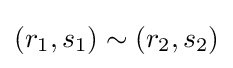
(r_{1},s_{1})\sim (r_{2},s_{2})